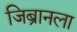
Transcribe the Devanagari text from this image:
जिब्रानला